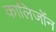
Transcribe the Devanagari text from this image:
कालिजोंन